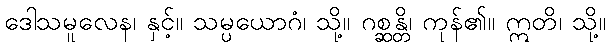
ဒေါသမူလေန၊ နှင့်။ သမ္ပယောဂံ၊ သို့။ ဂစ္ဆန္တိ၊ ကုန်၏။ ဣတိ၊ သို့။